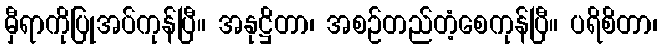
မှီရာကိုပြုအပ်ကုန်ပြီ။ အနုဋ္ဌိတာ၊ အစဉ်တည်တံ့စေကုန်ပြီ။ ပရိစိတာ၊